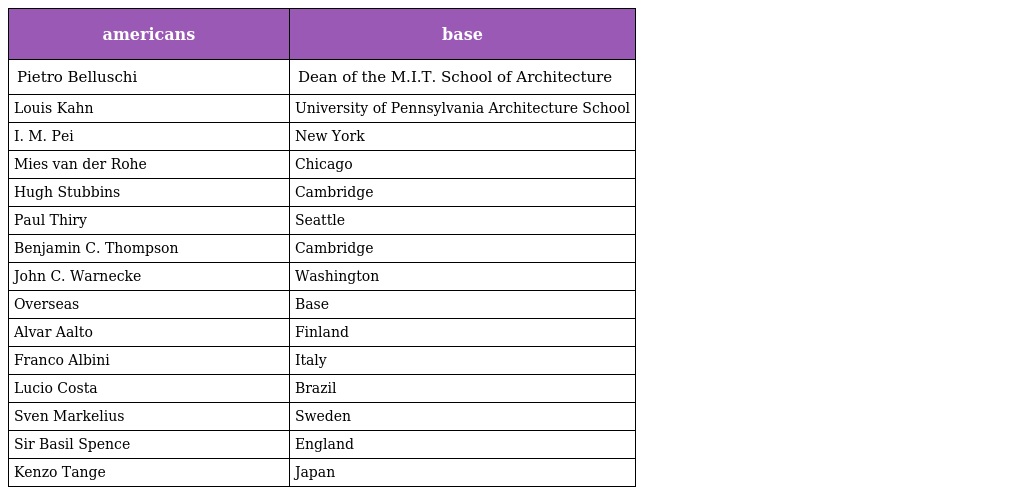
| americans | base |
 | --- | --- |
 | Pietro Belluschi | Dean of the M.I.T. School of Architecture |
 | Louis Kahn | University of Pennsylvania Architecture School |
 | I. M. Pei | New York |
 | Mies van der Rohe | Chicago |
 | Hugh Stubbins | Cambridge |
 | Paul Thiry | Seattle |
 | Benjamin C. Thompson | Cambridge |
 | John C. Warnecke | Washington |
 | Overseas | Base |
 | Alvar Aalto | Finland |
 | Franco Albini | Italy |
 | Lucio Costa | Brazil |
 | Sven Markelius | Sweden |
 | Sir Basil Spence | England |
 | Kenzo Tange | Japan |